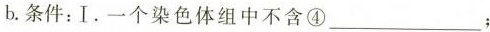
b.条件：Ⅰ.一个染色体组中不含④___；